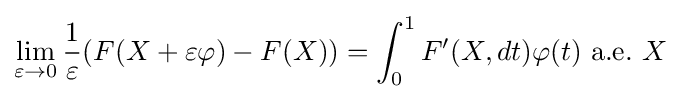
\lim _{\varepsilon \to 0}{\frac {1}{\varepsilon }}(F(X+\varepsilon \varphi )-F(X))=\int _{0}^{1}F'(X,dt)\varphi (t)\ \mathrm {a.e.} \ X